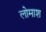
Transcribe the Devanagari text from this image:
लोमाश